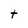
Character: t